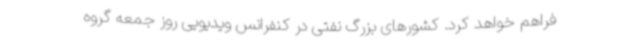
فراهم خواهد کرد. کشورهای بزرگ نفتی در کنفرانس ویدیویی روز جمعه گروه